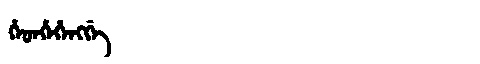
Manchu: ᡥᡝᡨᡥᡝᡥᡝᠩᡤᡝ
Romanization: HETHEHENGGE